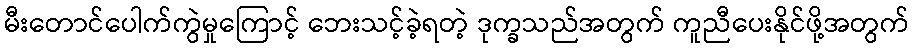
မီးတောင်ပေါက်ကွဲမှုကြောင့် ဘေးသင့်ခဲ့ရတဲ့ ဒုက္ခသည်အတွက် ကူညီပေးနိုင်ဖို့အတွက်